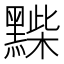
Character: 𪑽